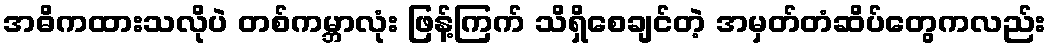
အဓိကထားသလိုပဲ တစ်ကမ္ဘာလုံး ဖြန့်ကြက် သိရှိစေချင်တဲ့ အမှတ်တံဆိပ်တွေကလည်း